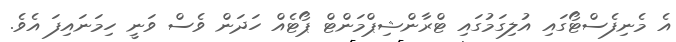
އެ މެނިފެސްޓޯގައި އުލިގަމުގައި ޓްރާންޝިޕްމަންޓް ޕޯޓެއް ހަދަން ވެސް ވަނީ ހިމަނައިފަ އެވެ.